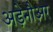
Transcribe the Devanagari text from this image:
अड़ेनौअर